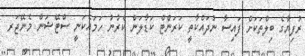
ރުފިޔާގެ ބިލްތަކަށް ފައިސާ ނުދައްކާތީ ކަރަންޓް ކަޑާލަން ކެރުނު ހަމައެކަނީ ސްޓޭޝަން މެނޭޖަރ